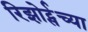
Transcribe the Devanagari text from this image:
रिझोर्ट्सच्या